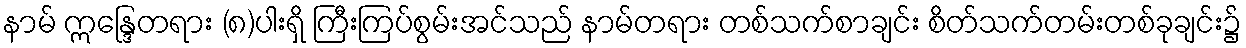
နာမ် ဣန္ဒြေတရား (၈)ပါးရှိ ကြီးကြပ်စွမ်းအင်သည် နာမ်တရား တစ်သက်စာချင်း စိတ်သက်တမ်းတစ်ခုချင်း၌